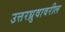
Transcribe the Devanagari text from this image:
उत्तरध्रुवावरील